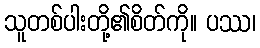
သူတစ်ပါးတို့၏စိတ်ကို။ ပဿ၊